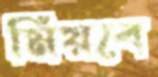
মিয়বে